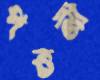
পত্তনী